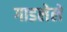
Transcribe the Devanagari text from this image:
गाडलेले